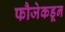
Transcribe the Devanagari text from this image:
फौजेकडून